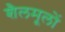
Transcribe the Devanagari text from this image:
शैलमूलों